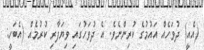
(އެއީ) ދުވަހެއް އައުމުގެ ކުރިންނެވެ. އެ ދުވަހުގައި ވިޔަފާރި ކުރުމެއް (އެބަހީ: